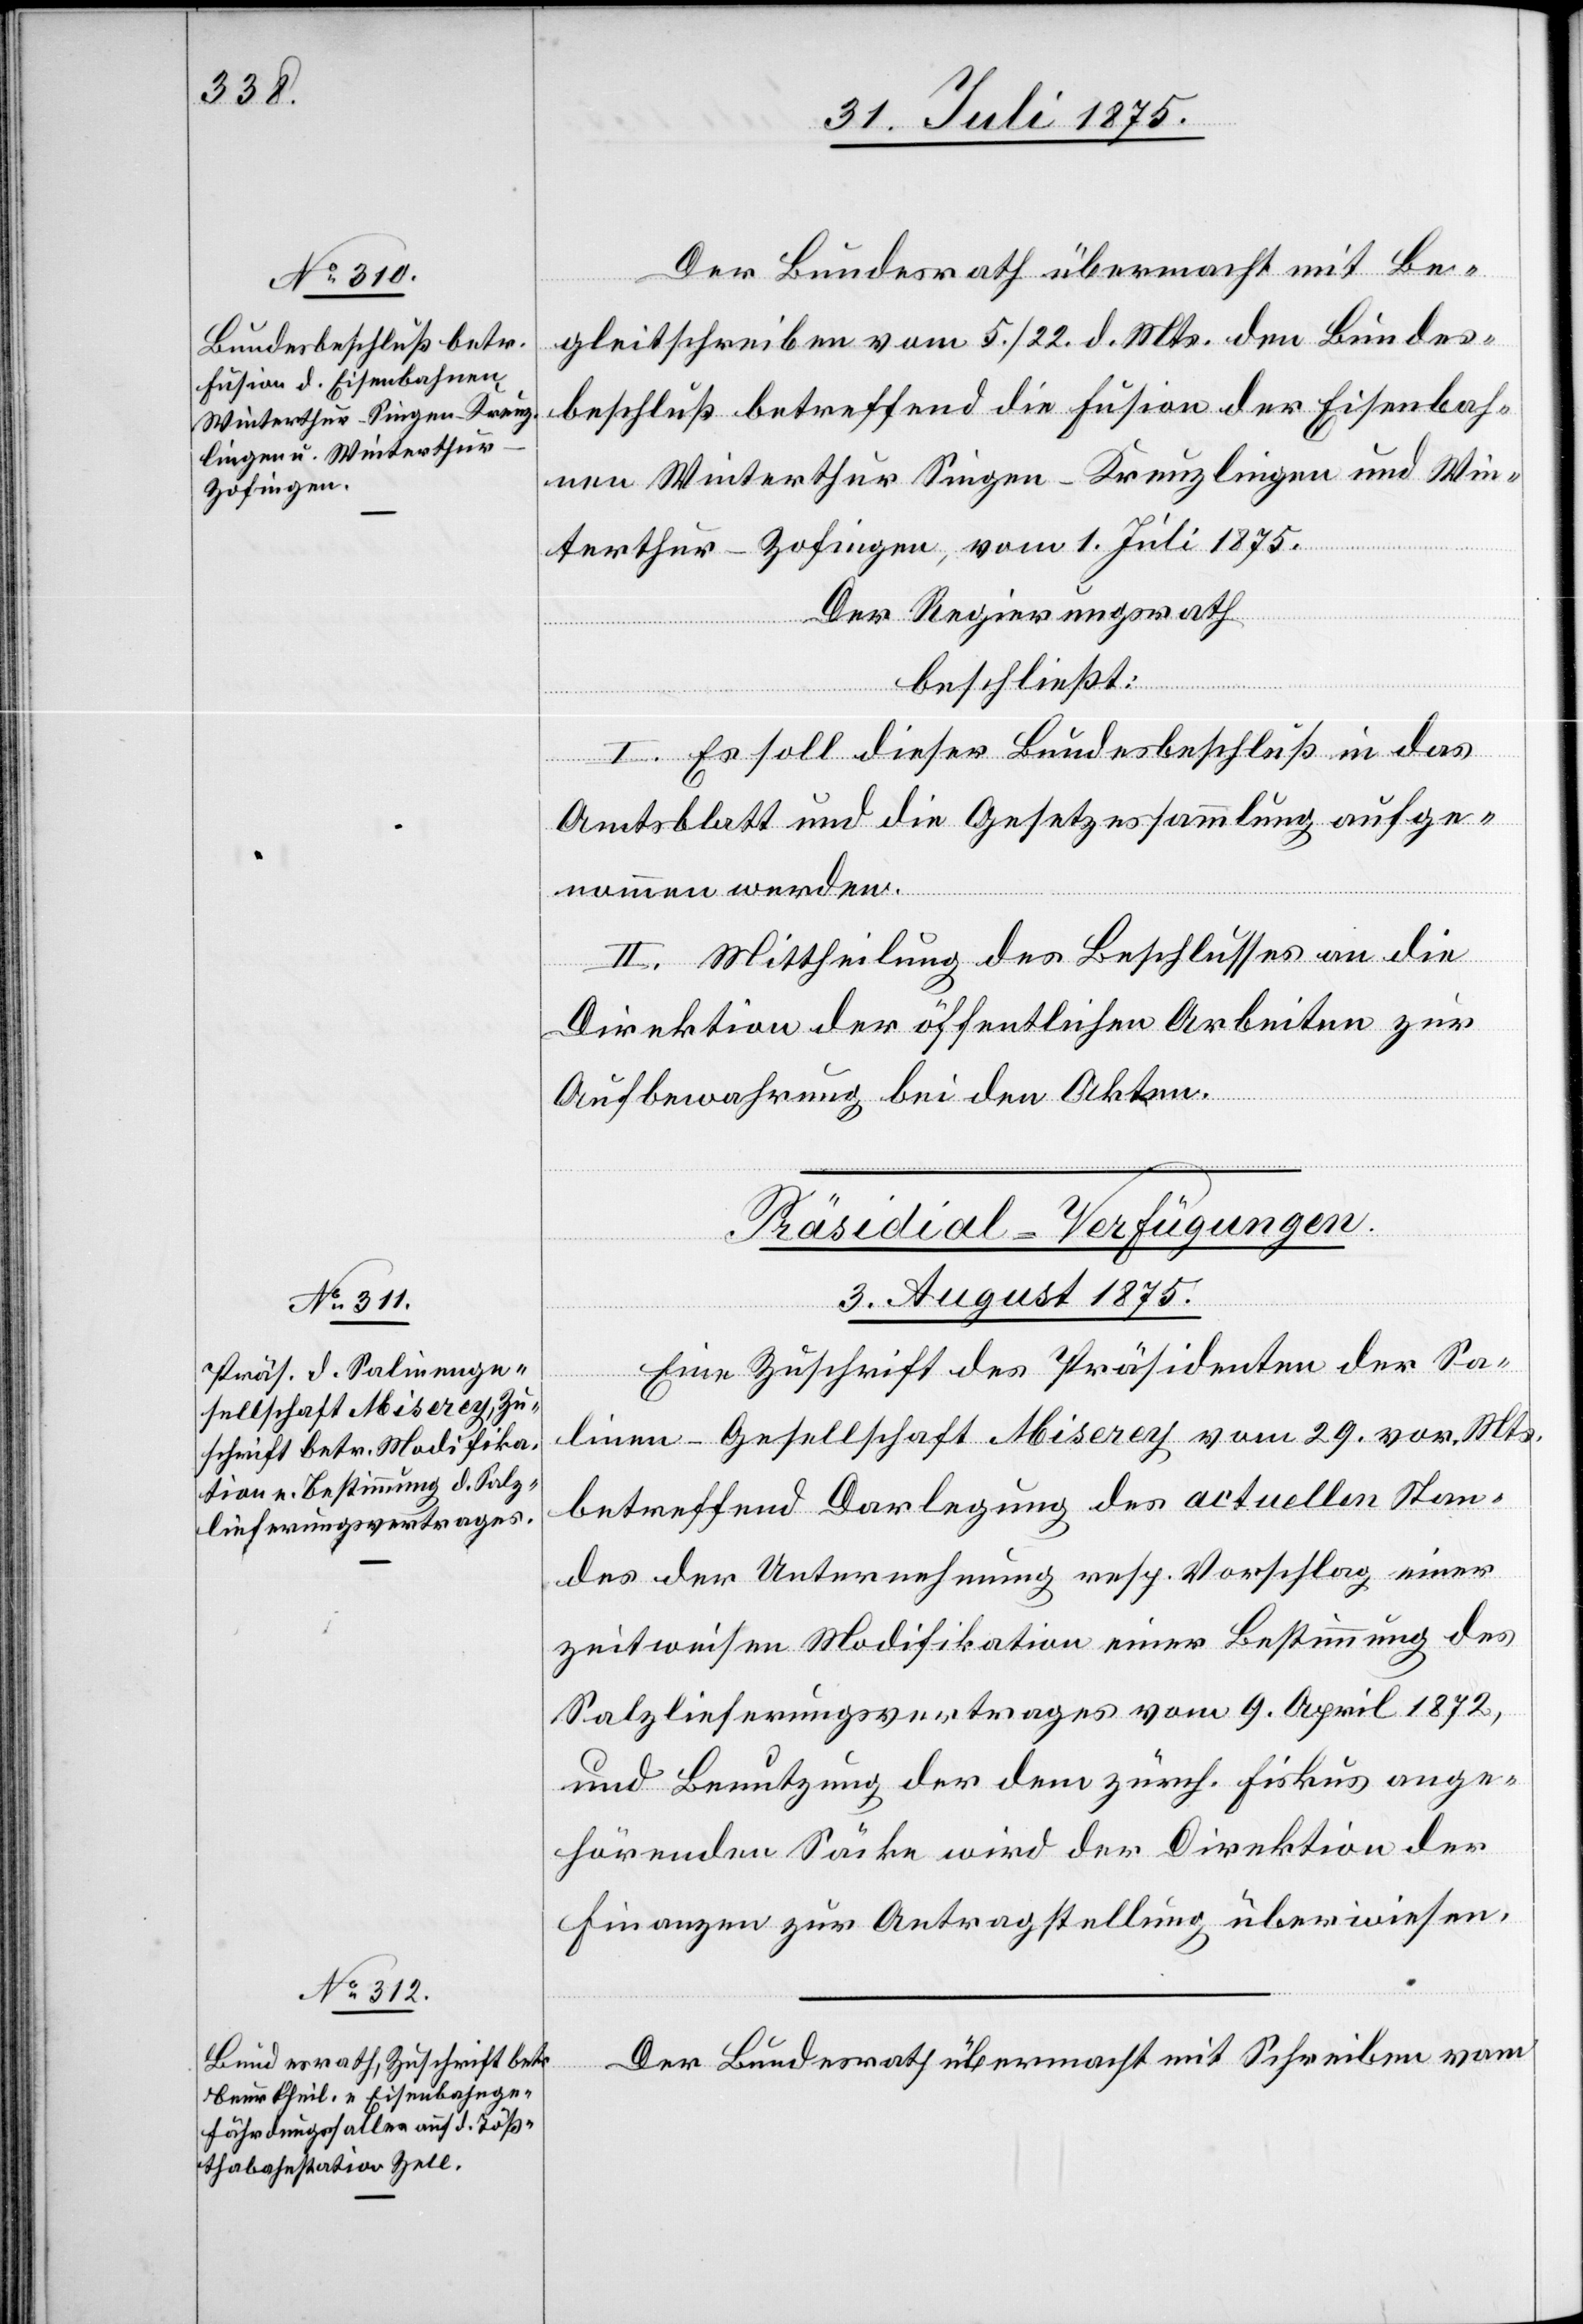
Der Bundesrath übermacht mit Be¬
gleitschreiben vom 5./22. d. Mts. den Bundes¬
beschluß betreffend die Fusion der Eisenbah¬
nen Winterthur[–]Singen–Kreuzlingen und Win¬
terthur–Zofingen, vom 1. Juli 1875.
Der Regierungsrath
beschließt:
I. Es soll dieser Bundesbeschluß in das
Amtsblatt und die Gesetzessammlung aufge¬
nommen werden.
II. Mittheilung des Beschlusses an die
Direktion der öffentlichen Arbeiten zur
Aufbewahrung bei den Akten.
[Präsidial-Verfügungen.
3. August 1875.]
Eine Zuschrift des Präsidenten der Sa¬
linen-Gesellschaft Miserey vom 29. vor. Mts.
betreffend Darlegung des actuellen Stan¬
des der Unternehmung resp. Vorschlag einer
zeitweisen Modifikation einer Bestimmung des
Salzlieferungsvertrages vom 9. April 1872,
und Benutzung der dem zürch. Fiskus ange¬
hörenden Säcke wird der Direktion der
Finanzen zur Antragstellung überwiesen.
Der Bundesrath übermacht mit Schreiben vom